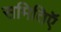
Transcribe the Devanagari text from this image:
समितिऍ